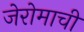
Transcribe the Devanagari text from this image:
जेरोमाची